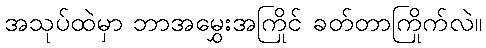
အသုပ်ထဲမှာ ဘာအမွှေးအကြိုင် ခတ်တာကြိုက်လဲ။